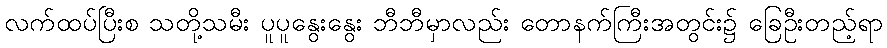
လက်ထပ်ပြီးစ သတို့သမီး ပူပူနွေးနွေး ဘီဘီမှာလည်း တောနက်ကြီးအတွင်း၌ ခြေဦးတည့်ရာ